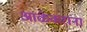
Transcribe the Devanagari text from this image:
आळेकरांना